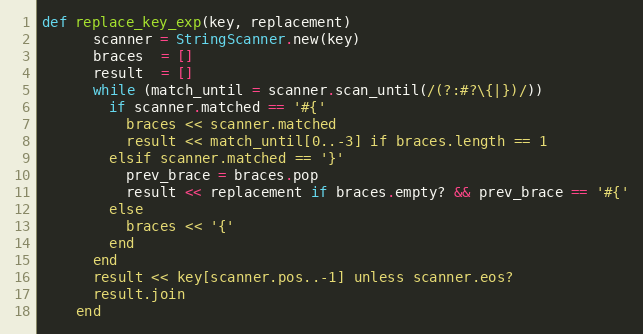
Language: Ruby
def replace_key_exp(key, replacement)
      scanner = StringScanner.new(key)
      braces  = []
      result  = []
      while (match_until = scanner.scan_until(/(?:#?\{|})/))
        if scanner.matched == '#{'
          braces << scanner.matched
          result << match_until[0..-3] if braces.length == 1
        elsif scanner.matched == '}'
          prev_brace = braces.pop
          result << replacement if braces.empty? && prev_brace == '#{'
        else
          braces << '{'
        end
      end
      result << key[scanner.pos..-1] unless scanner.eos?
      result.join
    end